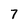
Character: 7